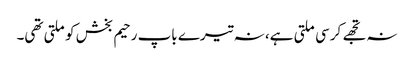
نہ تجھے کرسی ملتی ہے، نہ تیرے باپ رحیم بخش کو ملتی تھی۔